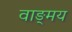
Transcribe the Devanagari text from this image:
वाङ्‍मय